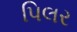
પિલર